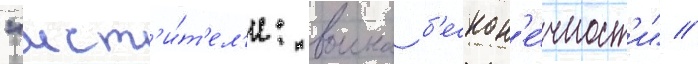
"мст'и́т'ел'и: воина б'ескон'е́чност'и" //